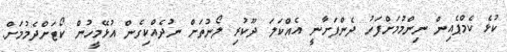
ކުޅެ ކެމްޕެއިން ނިންމުމަށްފަހު ދެންފަށާނީ އެއްކަލަ ދޫކުރި ލޯނުތަށް ނުދެއްކިގެން އުޅޭމީހުން ކޯޓަށްދެމުމަށް.